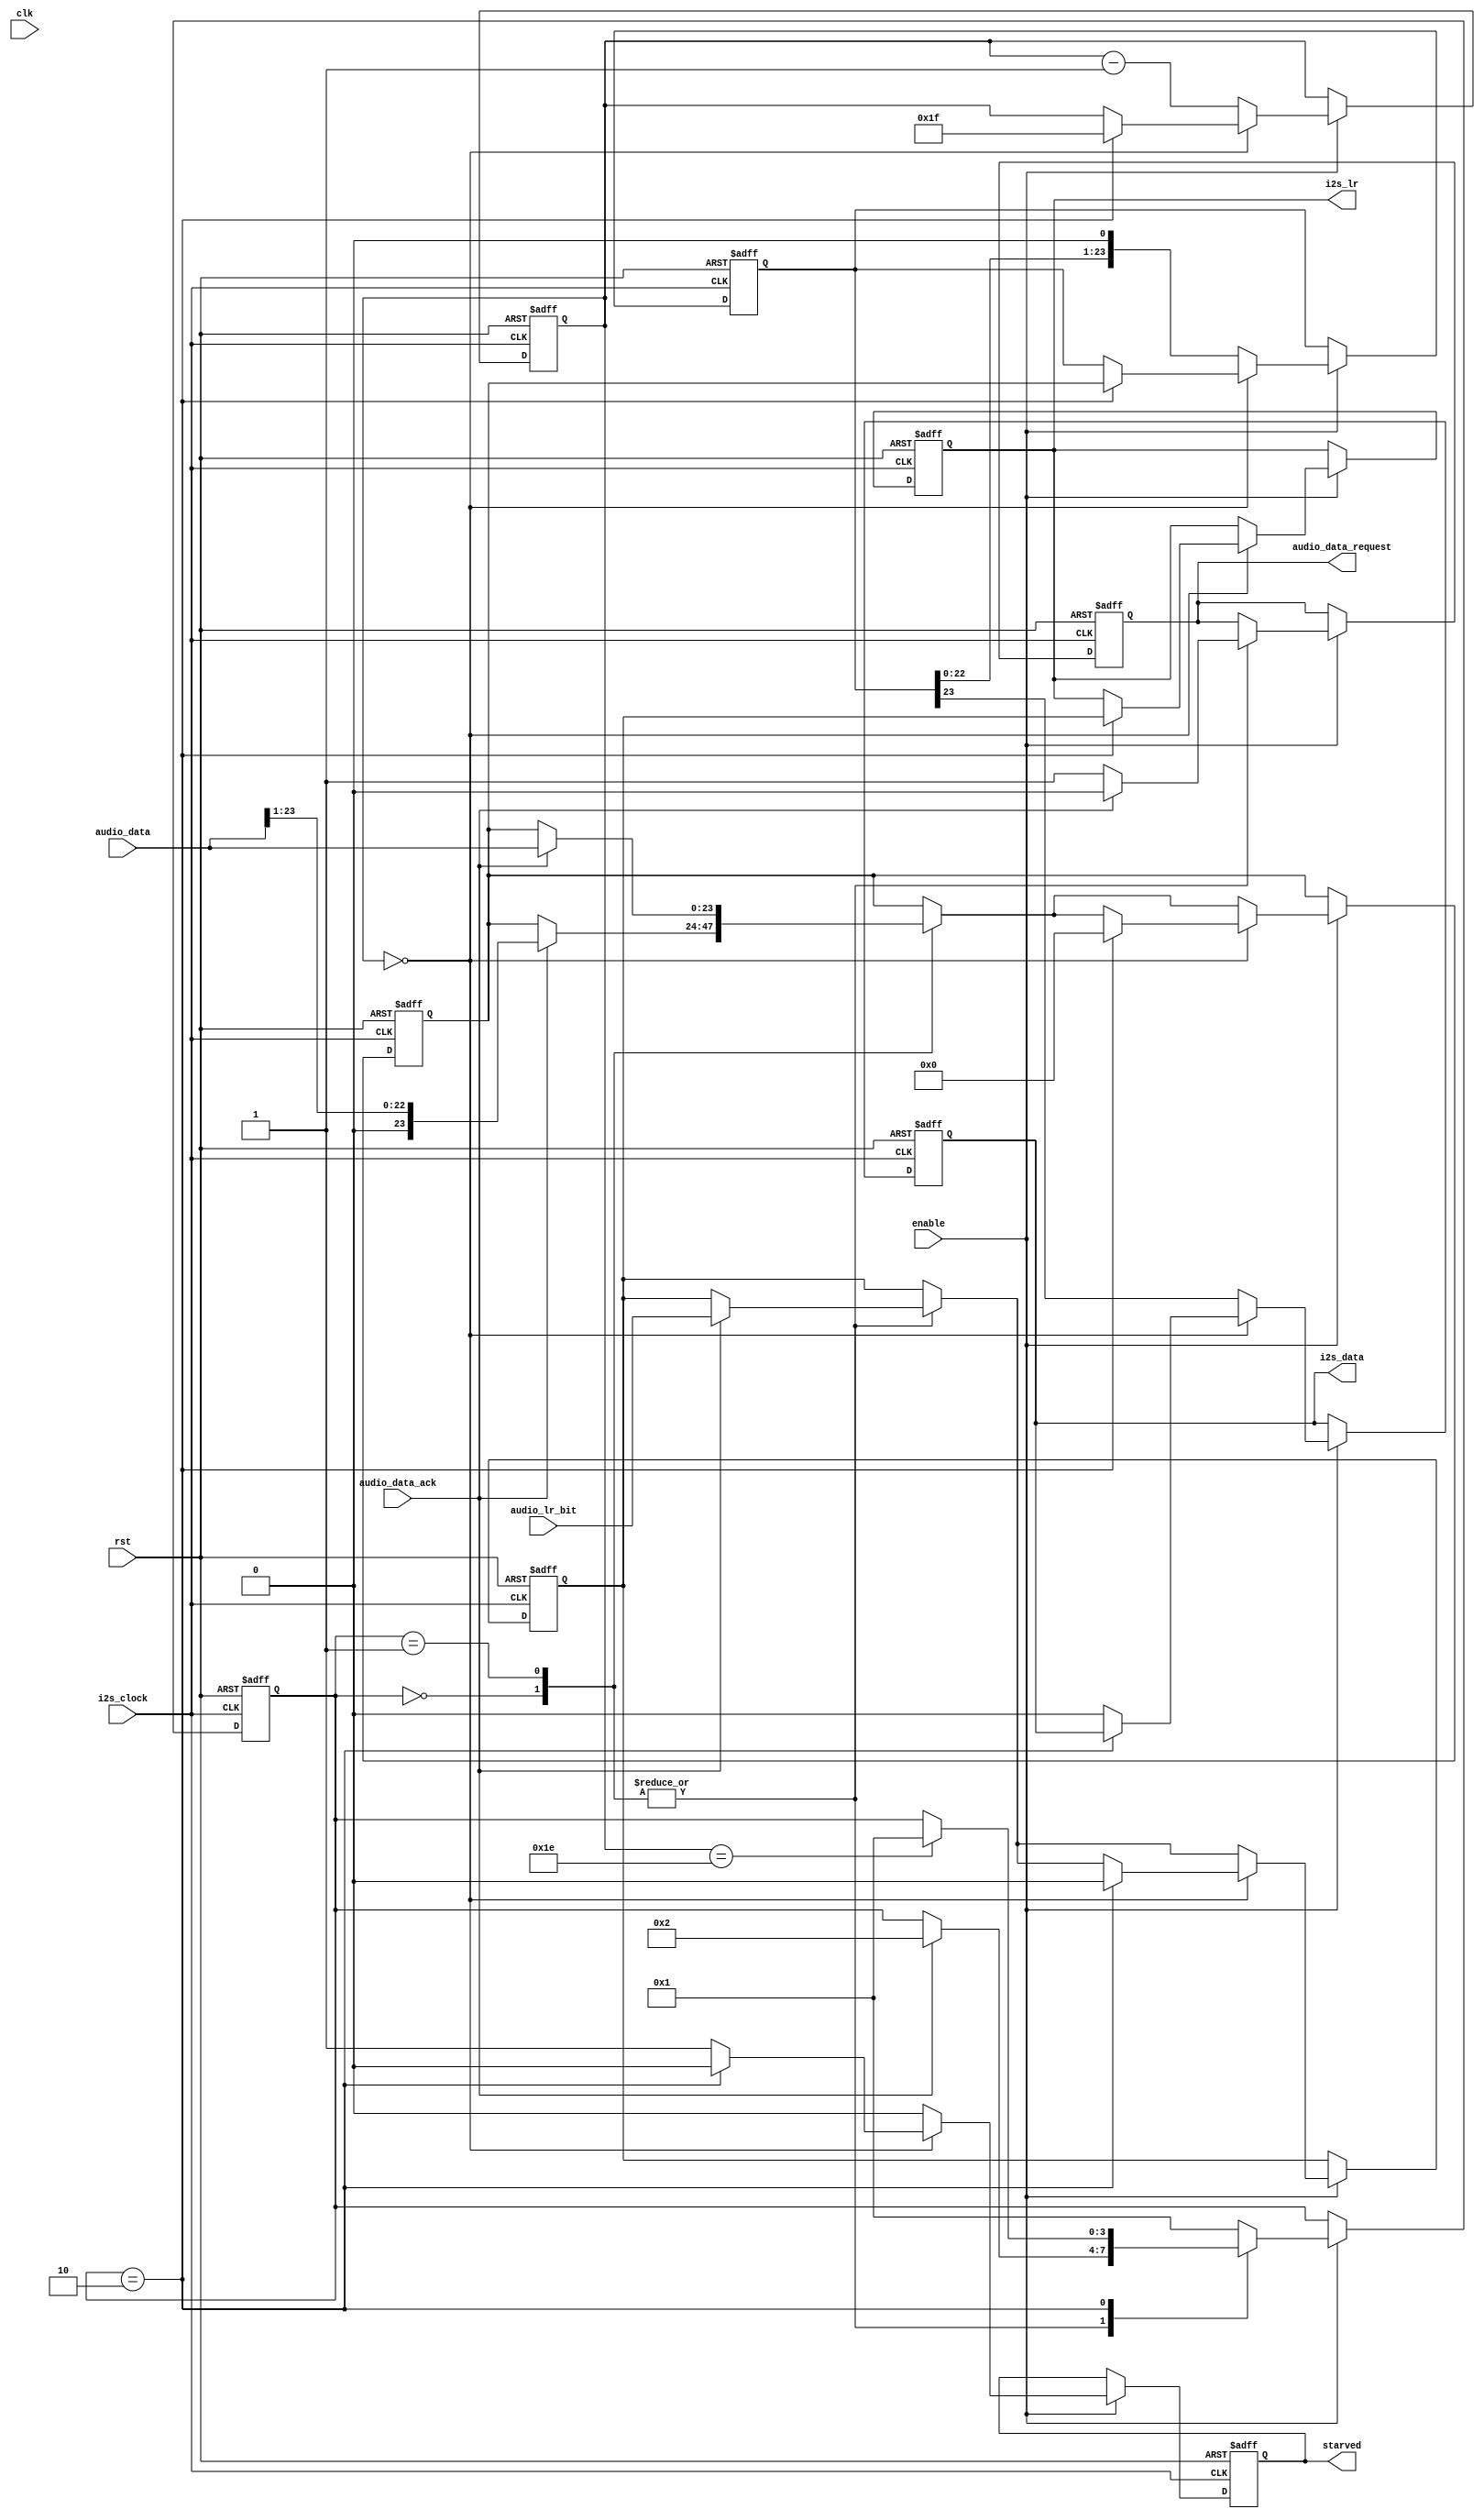
module i2s_writer (
  rst,
  clk,

  //control/status
  enable,
  starved,

  //clock
  i2s_clock,

  //mem controller interface
  audio_data_request,
  audio_data_ack,
  audio_data,
  audio_lr_bit,

  //physical connections
  i2s_data,
  i2s_lr
);

parameter           DATA_SIZE = 32;

input               rst;
input               clk;

input               enable;

input               i2s_clock;

output  reg         audio_data_request;
input               audio_data_ack;
input       [23:0]  audio_data;
input               audio_lr_bit;

output  reg         i2s_data;
output  reg         i2s_lr;

output  reg         starved;

//parameter
parameter           START         = 4'h0;
parameter           REQUEST_DATA  = 4'h1;
parameter           DATA_READY    = 4'h2;

//registers/wires
reg         [7:0]   bit_count;
reg         [23:0]  new_audio_data;
reg                 new_audio_lr_bit;
reg         [23:0]  audio_shifter;

//writer state machine
reg         [3:0]   state;

//asynchronous logic

//synchronous logic
always @ (posedge rst or negedge i2s_clock) begin
  if (rst) begin
    bit_count           <=  DATA_SIZE -1;
    new_audio_data      <=  0;
    new_audio_lr_bit    <=  0;
    audio_shifter       <=  0;
    state               <=  START;
    starved             <=  0;
    i2s_data            <=  0;
    i2s_lr              <=  0;
    audio_data_request  <=  0;
  end
  else if (enable) begin
    starved           <=  0;
    case (state)
      START: begin
         audio_data_request       <=  1;
        if (audio_data_ack) begin
          audio_data_request     <=  0;
          state             <=  DATA_READY;
          new_audio_data    <=  {1'b0, audio_data[23:1]};
          //new_audio_data    <=  audio_data[23:0];
          new_audio_lr_bit  <=  audio_lr_bit;
        end
      end
      REQUEST_DATA: begin
        audio_data_request       <=  1;
        if (audio_data_ack) begin
          audio_data_request     <=  0;
          state             <=  DATA_READY;
          new_audio_data    <=  audio_data;
          new_audio_lr_bit  <=  audio_lr_bit;
        end
      end
      DATA_READY: begin
        //wait for the bit count to reach 0
        if (bit_count == DATA_SIZE - 2) begin
          state       <=  REQUEST_DATA;
        end
      end
      default: begin
        state       <=  REQUEST_DATA;
      end
    endcase

    //continusously shift data out
    if (bit_count == 0) begin
      if (state == DATA_READY) begin
        //put the new data into the shifter and reset the bit_count
        bit_count       <=  DATA_SIZE - 1;
        audio_shifter   <=  new_audio_data;
        i2s_lr          <=  new_audio_lr_bit;
        new_audio_data  <=  0;
        new_audio_lr_bit<=  0;
      end
      else begin
        //starved, can't do anything
        starved         <=  1;
        i2s_data        <=  0;
      end
    end
    else begin
      //shift out data
      bit_count         <=  bit_count - 1;
      i2s_data          <=  audio_shifter[23];
      audio_shifter     <=  {audio_shifter[22:0], 1'b0};
    end
  end
end

endmodule